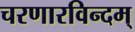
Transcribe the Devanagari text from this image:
चरणारविन्दम्